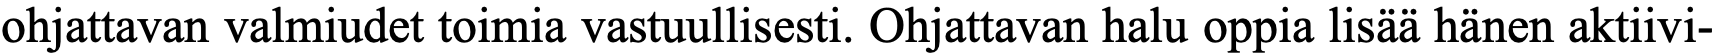
ohjattavan valmiudet toimia vastuullisesti. Ohjattavan halu oppia lisää hänen aktiivi-